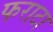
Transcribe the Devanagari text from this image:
फराटा